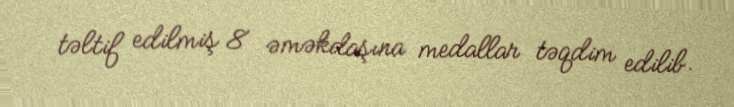
təltif edilmiş 8 əməkdaşına medallar təqdim edilib.